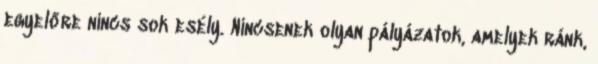
egyelőre nincs sok esély. Nincsenek olyan pályázatok, amelyek ránk,